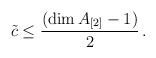
LaTeX: \begin{align*}\tilde{c} \leq \frac{(\dim A_{[2]} - 1)}{2} \,.\end{align*}